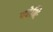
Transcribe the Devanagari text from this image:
यदेभिः